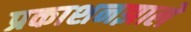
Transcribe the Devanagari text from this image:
प्रकाशनझाले